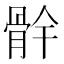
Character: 䯎